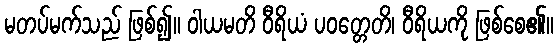
မတပ်မက်သည် ဖြစ်၍။ ဝါယမတိ ဝီရိယံ ပဝတ္တေတိ၊ ဝီရိယကို ဖြစ်စေ၏။